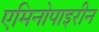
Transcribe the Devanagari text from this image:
एमिनोपाइरीन